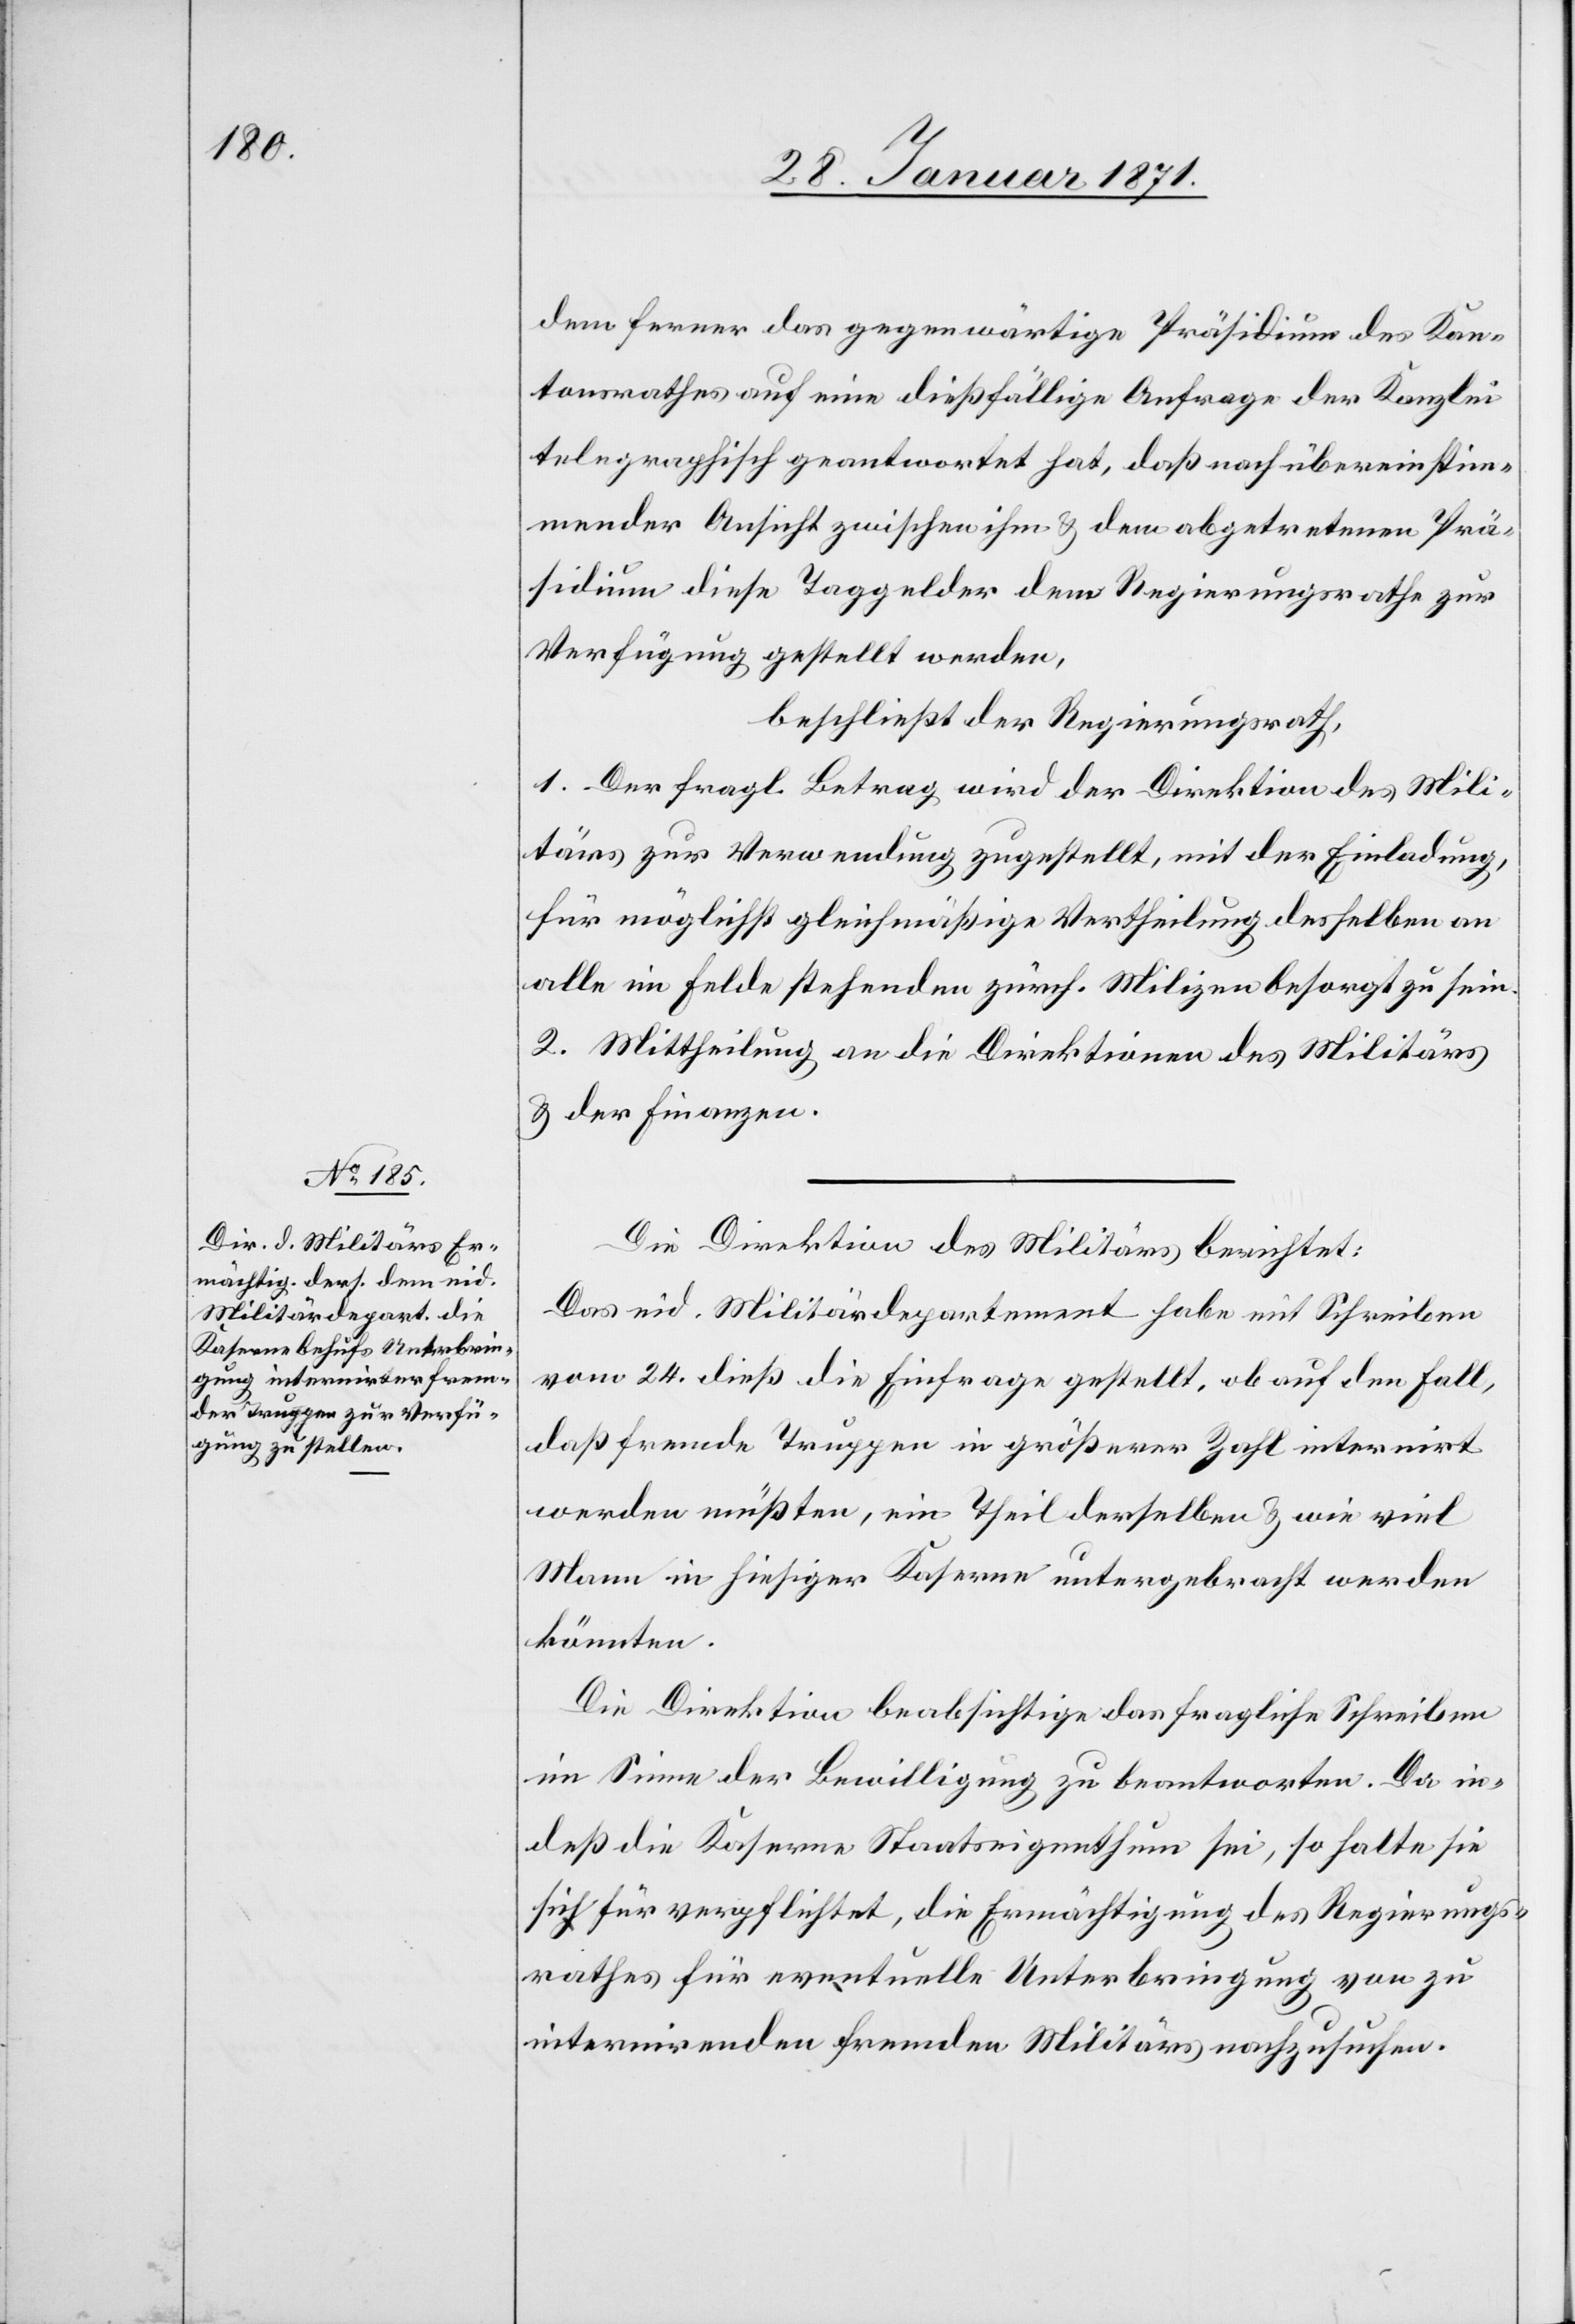
dem ferner das gegenwärtige Präsidium des Kan¬
tonsrathes auf eine dießfällige Anfrage der Kanzlei
telegraphisch geantwortet hat, daß nach übereinstim¬
mender Ansicht zwischen ihm u. dem abgetretenen Prä¬
sidium diese Taggelder dem Regierungsrathe zur
Verfügung gestellt werden,
beschließt der Regierungsrath,
1. Der fragl. Betrag wird der Direktion des Mili¬
tärs zur Verwendung zugestellt, mit der Einladung,
für möglichst gleichmäßige Vertheilung desselben an
alle im Felde stehenden zürch. Milizen besorgt zu sein.
2. Mittheilung an die Direktion des Militärs
u. der Finanzen.
Die Direktion des Militärs berichtet:
Das eid. Militärdepartement habe mit Schreiben
vom 24. dieß die Einfrage gestellt, ob auf den Fall,
daß fremde Truppen in größerer Zahl internirt
werden müßten, ein Theil derselben u. wie viel
Mann in hiesiger Kaserne untergebracht werden
könnten.
Die Direktion beabsichtige das fragliche Schreiben
im Sinne der Bewilligung zu beantworten. Da in¬
deß die Kaserne Staatseigenthum sei, so halte sie
sich für verpflichtet, die Ermächtigung des Regierungs¬
rathes für eventuelle Unterbringung von zu
internirenden fremden Militärs nachzusuchen.